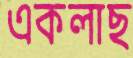
একলাছ